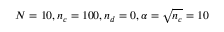
N = 1 0 , n _ { c } = 1 0 0 , n _ { d } = 0 , \alpha = \sqrt { n _ { c } } = 1 0